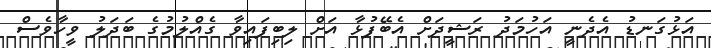
އަޅުގަނޑު އެދެނީ އަހުމަދު ރަޝީދަށް އެބޭފުޅާ އަށް ލިބިފައިވާ ގެއްލުމުގެ ބަދަލު ވީހާވެސް